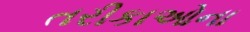
તરીકાઓના